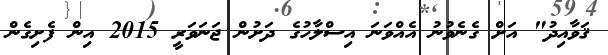
ޤަވާއިދު" އަށް ގެނެވުނު އެއްވަނަ އިސްލާހުގެ ދަށުން ޖަނަވަރީ 2015 އިން ފެށިގެން